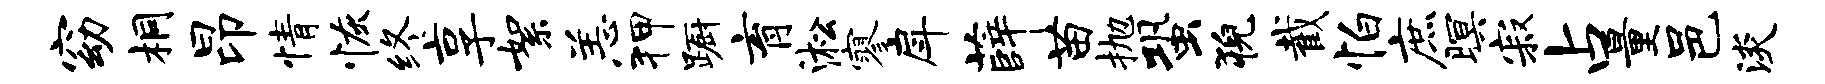
窈桐昂情恢终享絮恙狎蹰育淞寥戽薛苗抛蛩猊截怕庶暝寂占量邑淡